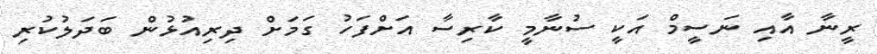
ރީނާ އާއި ނަސީމް އަކީ ސުނާމީ ކާރިސާ އަށްފަހު ގަމަށް ދިރިއުޅުން ބަދަލުކުރި